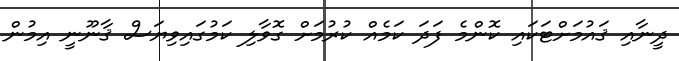
ދީނާއި ޤައުމަށްޓަކައި ކޮންމެ ފަދަ ކަމެއް ކުރުމަށް ގޮވާލި ކަމުގައިވިޔަސް ޤާނޫނީ އިމުން